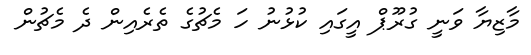
މާޒިޔާ ވަނީ ގުރޫޕް އީގައި ކުޅުނު ހަ މެޗުގެ ތެރެއިން ދެ މެޗުން